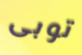
توبى